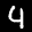
Label: 4